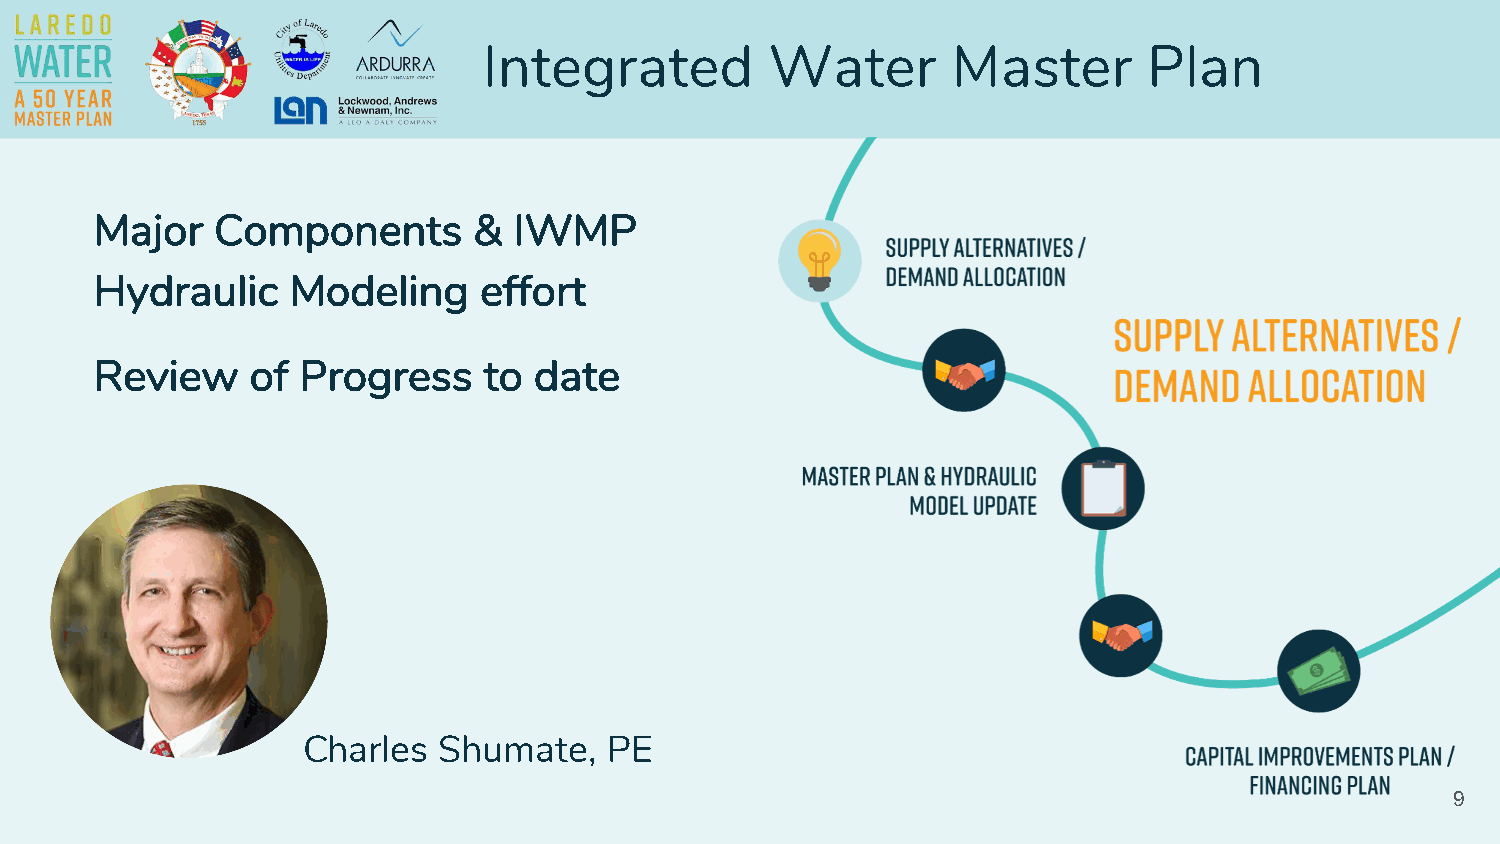
Integrated         Water       Master       Plan
 Major   Components       &  IWMP
 Hydraulic    Modeling     effort
 Review     of Progress    to date
 Charles  Shumate,   PE
 9